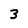
Character: 3